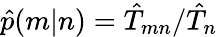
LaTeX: \hat{p}(m|n)=\hat{T}_{mn}/\hat{T}_{n}